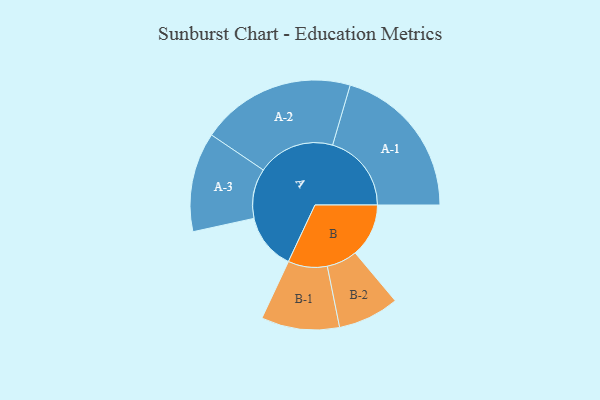
{"axis": {"x": "Segment", "y": "Value"}, "legend": ["", "A", "B"], "data": [{"x": "A", "y": 191, "type": ""}, {"x": "B", "y": 182, "type": ""}, {"x": "A-1", "y": 268, "type": "A"}, {"x": "A-2", "y": 263, "type": "A"}, {"x": "A-3", "y": 169, "type": "A"}, {"x": "B-1", "y": 133, "type": "B"}, {"x": "B-2", "y": 104, "type": "B"}]}